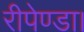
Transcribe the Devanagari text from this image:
रीपेण्डा।